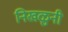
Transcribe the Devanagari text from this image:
निखळुनी